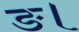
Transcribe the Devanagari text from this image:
ङ।